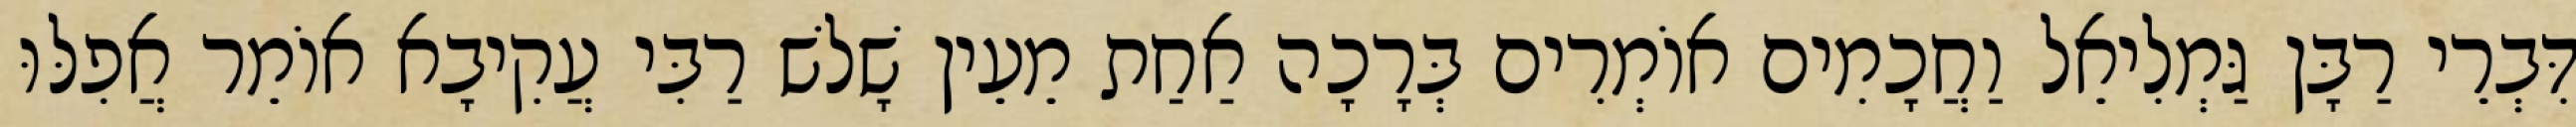
דִּבְרֵי רַבָּן גַּמְלִיאֵל וַחֲכָמִים אוֹמְרִים בְּרָכָה אַחַת מֵעֵין שָׁלשׁ רַבִּי עֲקִיבָא אוֹמֵר אֲפִלּוּ